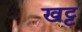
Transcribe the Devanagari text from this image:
खट्ट